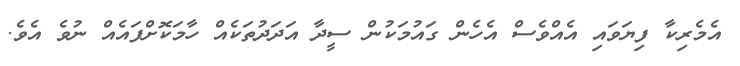
އެމެރިކާ ފިޔަވައި އެއްވެސް އެހެން ގައުމަކުން ސީދާ އަދަދުތަކެއް ހާމަކޮށްފައެއް ނުވެ އެވެ.